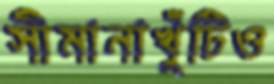
সীমানাখুঁটিও